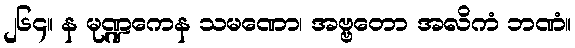
၂၆၄။ န မုဏ္ဍကေန သမဏော၊ အဗ္ဗတော အလိကံ ဘဏံ။